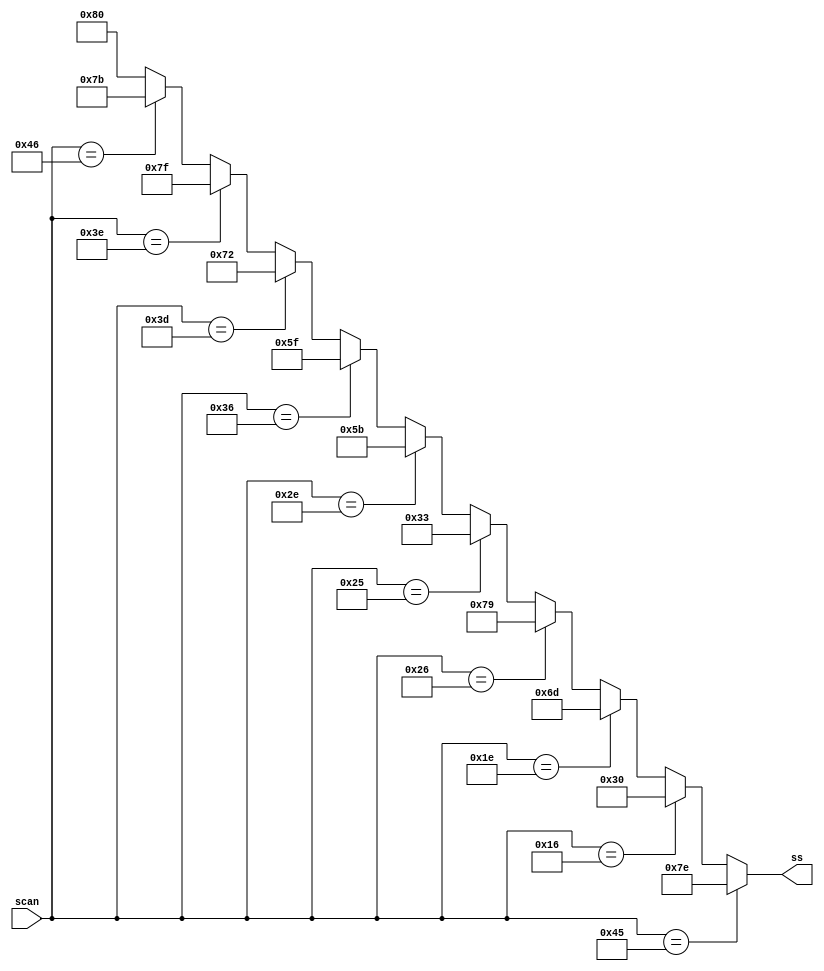
`timescale 1ns / 1ps
//////////////////////////////////////////////////////////////////////////////////
// Company: 
// Engineer: 
// 
// Design Name: 
// Module Name:    scan_2_7seg 
// Project Name: 
// Target Devices: 
// Tool versions: 
// Description: 
//
// Dependencies: 
//
// Revision: 
// Revision 0.01 - File Created
// Additional Comments: 
//
//////////////////////////////////////////////////////////////////////////////////
module scan_2_7seg (scan, ss);
  input  [7:0] scan;
  output [7:0] ss;

  
  assign ss = (scan == 8'h45) ? 8'b01111110 :
              (scan == 8'h16) ? 8'b00110000 :
              (scan == 8'h1E) ? 8'b01101101 :
              (scan == 8'h26) ? 8'b01111001 :
              (scan == 8'h25) ? 8'b00110011 :
              (scan == 8'h2E) ? 8'b01011011 :
              (scan == 8'h36) ? 8'b01011111 :
              (scan == 8'h3D) ? 8'b01110010 :
              (scan == 8'h3E) ? 8'b01111111 :
              (scan == 8'h46) ? 8'b01111011 : 8'b10000000 ;
endmodule